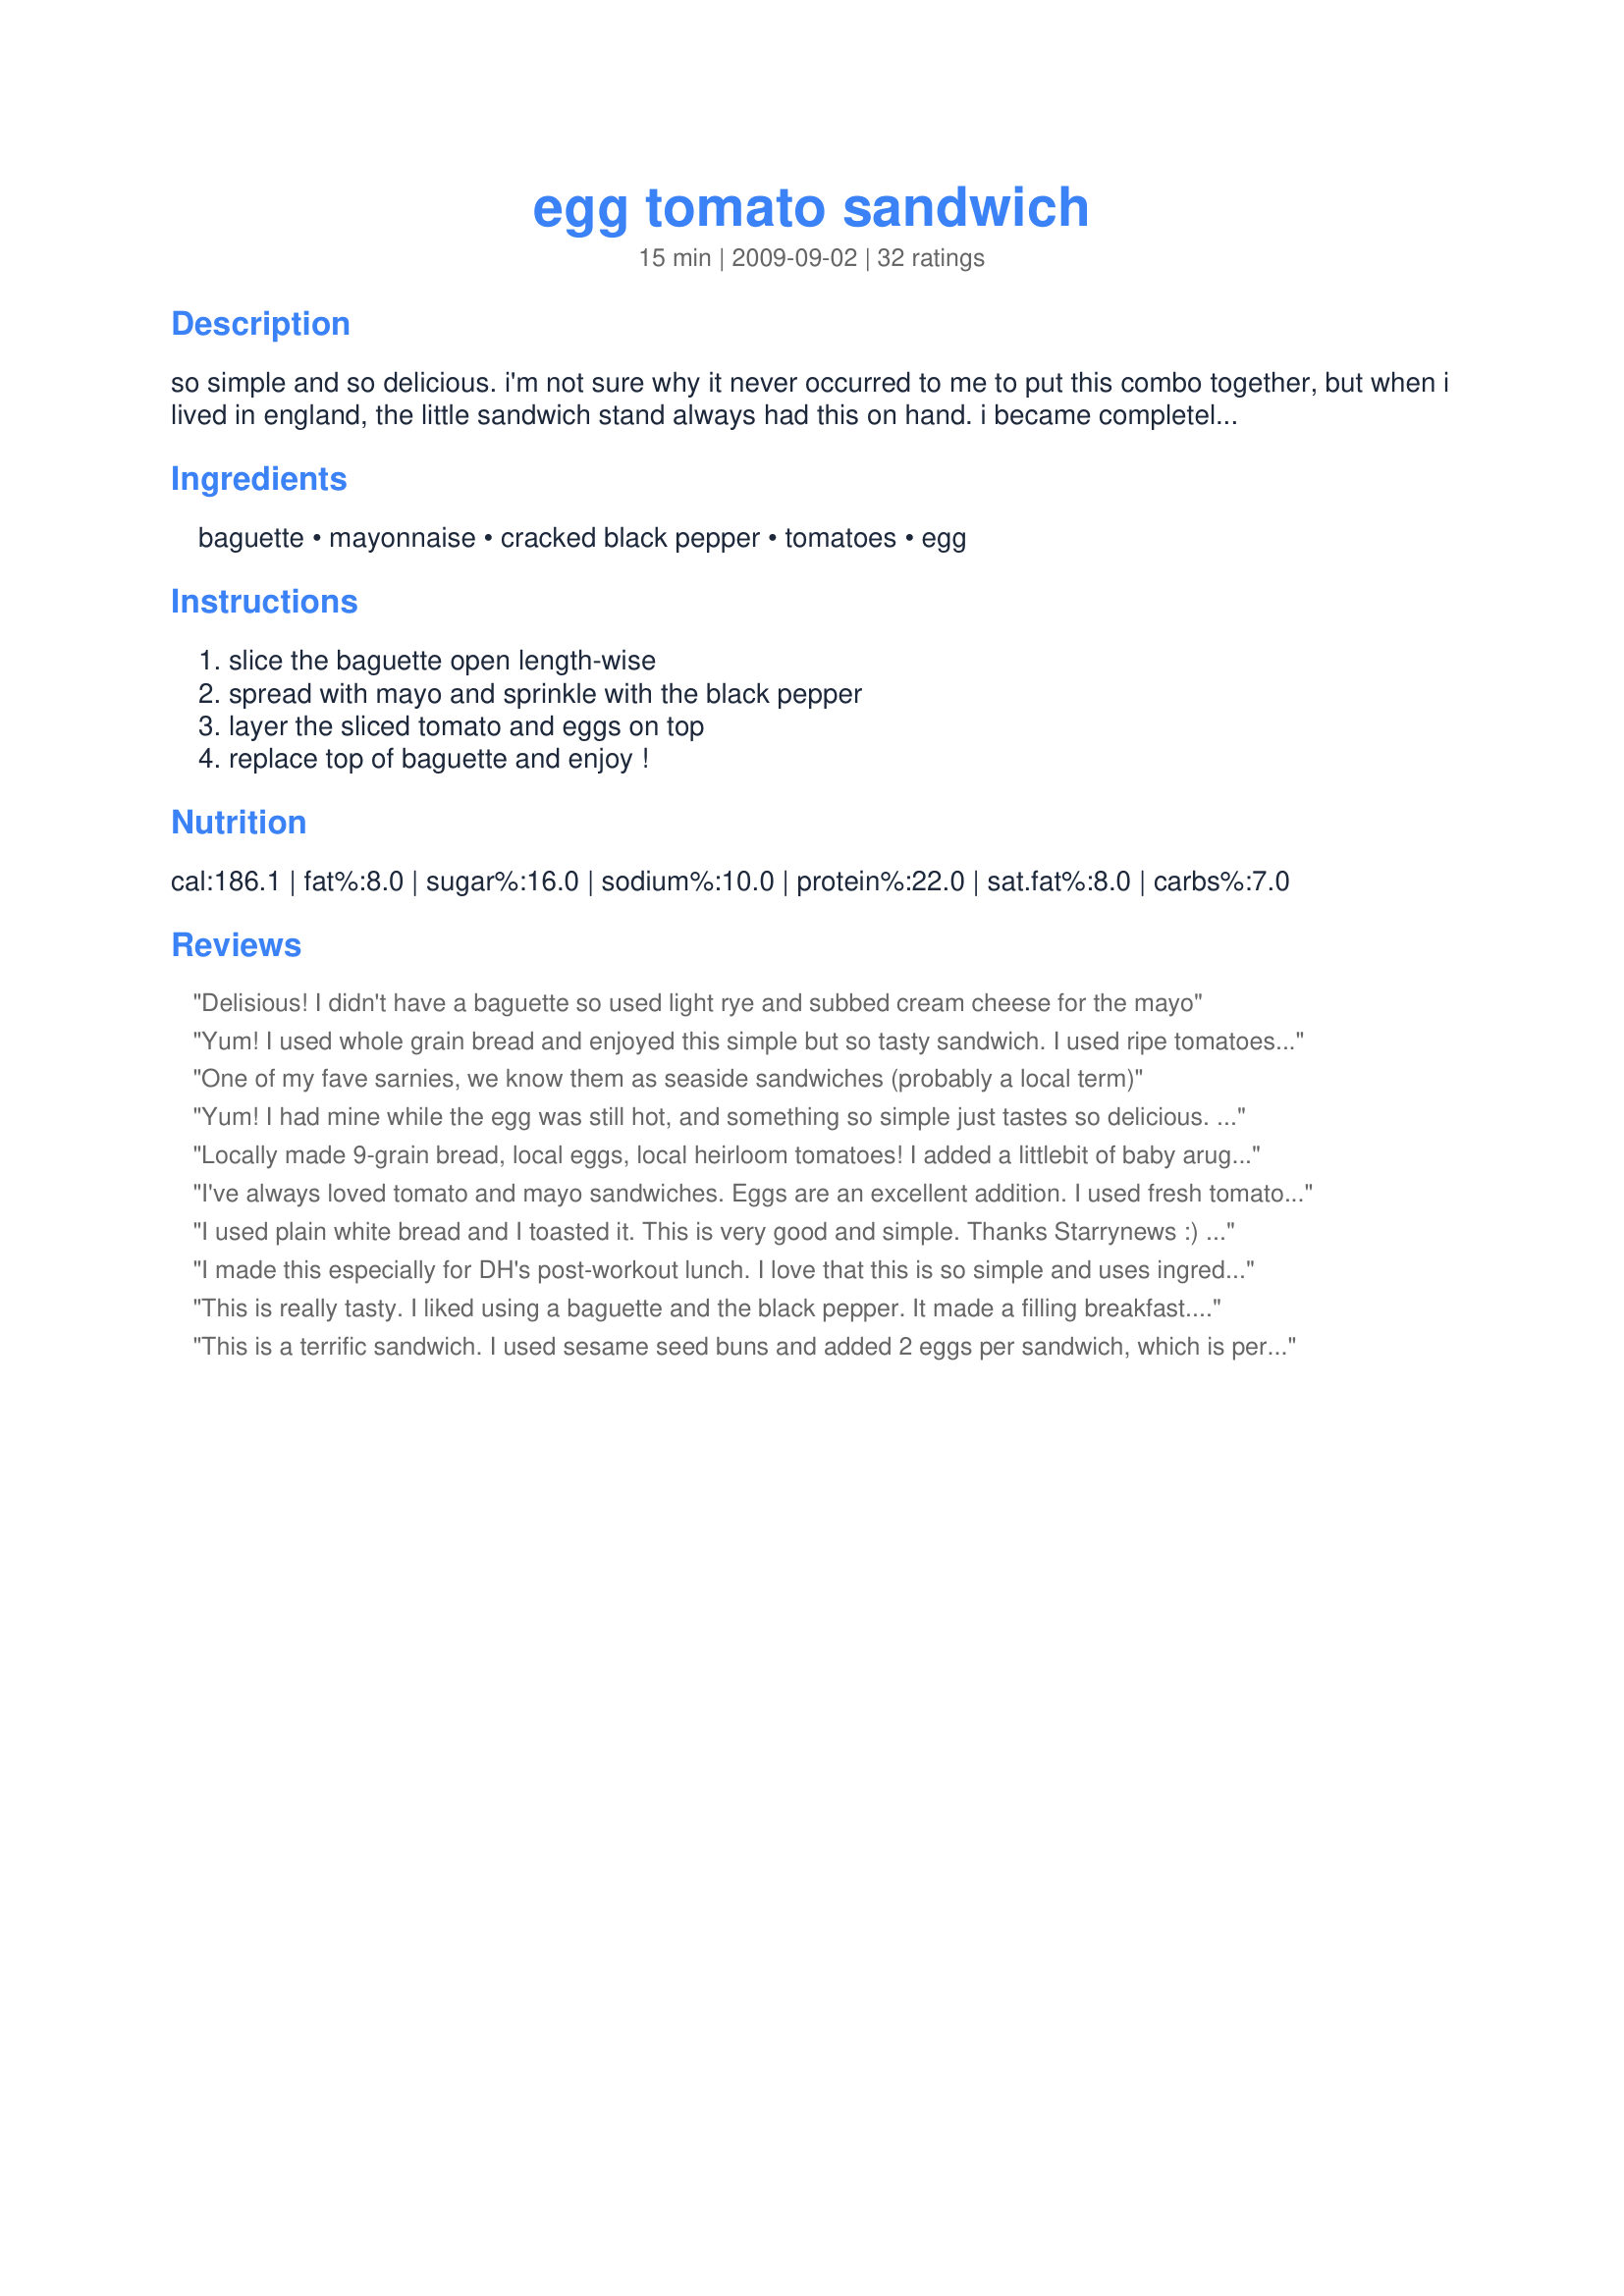
egg tomato sandwich
Preparation time: 15 minutes

so simple and so delicious. i'm not sure why it never occurred to me to put this combo together, but when i lived in england, the little sandwich stand always had this on hand. i became completely addicted to it :) depending on the size of your eggs, you might want to use 2 - you want enough to layer it down the length of the baguette.

Ingredients:
baguette, mayonnaise, cracked black pepper, tomatoes, egg

Steps:
slice the baguette open length-wise, spread with mayo and sprinkle with the black pepper, layer the sliced tomato and eggs on top, replace top of baguette and enjoy !

Reviews:
Delisious! I didn't have a baguette so used light rye and subbed cream cheese for the mayo
Yum! I used whole grain bread and enjoyed this simple but so tasty sandwich. I used ripe tomatoes from the garden. Thanks! Made for the Potluck party.
One of my fave sarnies, we know them as seaside sandwiches (probably a local term)
Yum! I had mine while the egg was still hot, and something so simple just tastes so delicious. Mine was on a multigrain bread, with liberal black pepper... and I did let the tomato ripen on the windowsill until it was good and red and tasty, too. Mmmm! Thanks, Starry! Made for Veggie Swap 17.
Locally made 9-grain bread, local eggs, local heirloom tomatoes! I added a little<br/>bit of baby arugula to each sandwich but either way with or without greens this is good! One slice of bread was spread with mayo and the other with yellow mustard. I also<br/>sprinkled on salt and freshly cracked black pepper. One thing I should mention is that it is best to prepare the sandwiches right before eating; the tomato juice makes the bread soggy quickly. I will make this again soon because we still have quite a surplus of fresh heirlooms on hand. Thanks for posting! Reviewed for Veg Tag/September.
I've always loved tomato and mayo sandwiches. Eggs are an excellent addition. I used fresh tomatoes from my garden, recipe#449141 to cook the eggs and recipe#433788 instead of a baguette. Made for Veggie Swap 38
I used plain white bread and I toasted it. This is very good and simple. Thanks Starrynews :) Made for Holiday tag
I made this especially for DH's post-workout lunch. I love that this is so simple and uses ingredients I always have on hand - I keep HB eggs on hand so that if we're running late for work or need a perfect-protein snack, we can just grab one and go. DH really liked it too - except for the bread! He is not a huge bread fan anymore, always looking to cut bread out when he can - but that is his personal preference. I'll try this for him again on those little "sandwich thins" - that will satisfy his bread issue. Thanks for posting Starry - this is a recipe I will use often for my husband as it's quick, easy and very portable for his workout schedule. Made for ZWT8 and the Herbaceous Curvaceous Honeys! Photo to follow...
This is really tasty. I liked using a baguette and the black pepper. It made a filling breakfast. Thanks for sharing. Made for ZWT8.
This is a terrific sandwich. I used sesame seed buns and added 2 eggs per sandwich, which is perfect for a hearty appetite. Sent this to work with DH who just had to call me and let me know this is sandwich is a 5-star winner. Thanks for sharing your recipe. It will be made often in my home.
So simple yet so full of flavour, I made a sandwich wholemeal/wholegrain and 2 in wholemeal rolls and we all thoroughly enjoyed our lunch. Thank you Starrynews, made for Everyday a Holiday.
Delicious! one of my favorite things is mayo and tomato together and usually I'd eat this with a fried egg but the boiled egg sliced was surprisingly yummy . I served this open faced on gfree brown rice bread. Simple and satisfying. Thank you :) Made for Ramadan Tag 2010
A simple little sandwich with big flavor! I used our favorite pumpernickle rolls and added salt to the tomatoes and pepper to the eggs. Bought some potato salad to serve along side our sandwich and enjoyed a wonderful lunch. Made and reviewed for ZWT8 - 2012.
Following the lead of a previous reviewer, I also used toasted white bread, and slathered with some light mayonnaise, followed up with the best red tomato, and perfectly boiled eggs. I added one slice of thinly sliced white onion to the top, and a bit of fresh spinach leaves on the bottom. Simple, easy, and just such the ultimate sandwich. Made for your win in *Everyday is a Holiday* October 2009
Yum, yum, yum. Starrynews this is indeed yummy. I can't believe how well boiled eggs, tomatoe, black pepper and mayonaise compliment one another. It reminds me of egg salad with tomatoes...so good. I used a mini cabiatta loaf for my sandwich, fresh cracked black pepper and a little sea salt, mayo, heirloom tomatoes and a jumbo egg. Perfection. My egg was soft boiled instead of hard, personal preference only, it worked really well in your dish. A little messy, but hey, grab an extra napkin and dig in. Made for the Fearless Red Dragons - ZWT-8 - India
Absolutely love this sandwich! You can't beat the combination of egg and tomato in my opinion. Personally though, I prefer to mash up the egg and mix it with the mayonnaise, but it's a great flavour combination this way too. Thanks Starry!
Nice little sandwich. A bit messy to eat, but tasty. Made for Everyday Holiday Tag. :)
Awesome, I've had mayo and tomato or tomato and egg, but never mayo, egg and tomato in one sandwich! Very nice combination, we liked it a lot. Thanks for sharing!<br/>Made for ZWT 8 / Great Britain for the Lively Lemon Lovelies
I hate giving such a low review after so many loved this sandwich but this isn't something I enjoyed at all. I whipped this up for breakfast and just did not enjoy the flavor combination. :( Sorry!
So good!!! Easy to prepare and super tasty. Perfection in my book. I used multigrain boule as that's what I had on hand. I bet some sliced avocado would do well atop this sandwich as well. Thanks for a winner of a breakfast this morning :) Made for Veg*n Swap Jan 2009.
Simple and delicious, just like you state in your forward. The only deviance I made was to use toasted rye bread and also a twist of two of some sea-salt. A lovely breakfast!~
Made for HolidayTag.
I finally gave in and tried this sandwich last night for dinner. I used wheat bread and I added a little squirt of mustard (can't eat a sandwich without it). I like neither eggs nor tomatoes and this was a delicious sandwich! I was so excited when I bit in and it was just so yummy! Something about the combo is just amazing! I will be eating this very often! Thank you so much!!!
This is a very easy sandwich to put together, but to me, it just cried out for a piece of bacon! However, I resisted the urge and ate it exactly as posted. I did use a generous amount of black pepper, and served it on some of French Tart's Homemade bread! Thanks for sharing, Starry!
Being English, this is a sandwich that I know and love! I loved the added addition of the black pepper and also the idea if using a piece of baguette too. A delicious sandwich what I made today for lunch using a large slice of Recipe #235909 that I had made this morning. I used home-made mayonnaise and plenty of black pepper with a smidge of sea salt. I am usually a "mash it all together gal" for the egg and tomatoes, but the flavours were still wonderful. Made for Veg'N'Swap and enjoyed very much. Merci Starry, FT:-)
Quick, easy, delicious - what more could you ask for? I made just as specified, using 2 eggs per sandwich. I would imagine that garlic, pesto, or chipotle mayo would be great as well. Thanks for sharing your recipe!
Simple but elegant. I followed the lead of some other reviewers and used toasted homemade bread. I think that was a mistake, because the crispness of the toast made it a bit messy to eat. I used a jumbo egg and sprinkled with pepper after adding the tomato and egg. These simple tastes go very well together. I usually don't like tomato on a sandwich, but this was very good. Don't skimp on the pepper! Thanks for posting. Made for ZWT6.
Wonderful...try adding a layer of lettuce and a couple of slices of bacon...So yummy!!
Sometimes simple is best and this is an excellent example of that. Classic great taste that is so easy you'd wait in line at a fast food place longer that it takes to make this (once the eggs are cooked, which can be done well ahead). I can only agree with everyone else, it's a winner!
What a wonderful change from the everyday egg sandwich. Made a great healthy breakfast. Made using flaxseed bread and smokehouse pepper (the smokehouse pepper added even more demotion to this already very good sandwich). Thanks so much for the post.
Lovely sandwich! I enjoyed this with a sourdough baguette. This is a perfect example that simple does not mean low in flavor. Thanks Starry for a great sandwich! Made for Holiday tag.
Made it with white toasted bread and with low fat mayo. Great sandwich and light as well!
Egg sandwiches are one of my favs. Thanks for reminding me.
